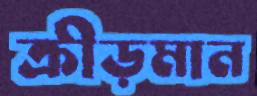
ক্রীড়মান